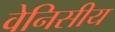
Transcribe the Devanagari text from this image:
वेनिसीय